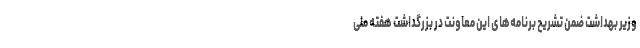
وزیر بهداشت ضمن تشریح برنامه‌های این معاونت در بزرگداشت هفته ملی